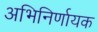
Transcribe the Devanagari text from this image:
अभिनिर्णायक